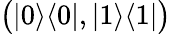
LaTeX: {\big(}|0\rangle\langle 0|,|1\rangle\langle 1|{\big)}